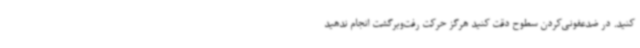
کنید. در ضدعفونی‌کردن سطوح دقت کنید هرگز حرکت رفت‌وبرگشت انجام ندهید